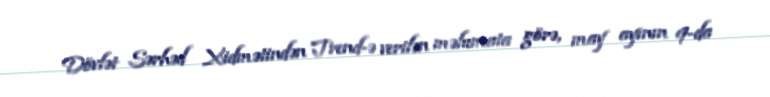
Dövlət Sər­həd Xidmətindən Trend-ə verilən məlumata görə, may ayının 9-da